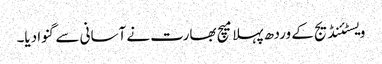
ویسٹئنڈیج کے وردھ پہلا میچ بھارت نے آسانی سے گنوا دیا۔